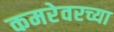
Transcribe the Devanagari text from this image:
कमरेवरच्या